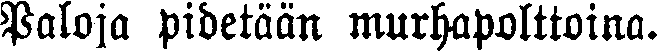
Paloja pidetään murhapolttoina.